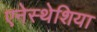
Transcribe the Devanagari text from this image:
एनेस्थेशिया